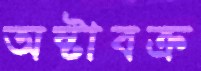
অষ্টাবক্র